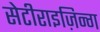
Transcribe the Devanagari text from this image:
सेटीराइज़िन्ग